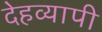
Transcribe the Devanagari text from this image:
देहव्यापी